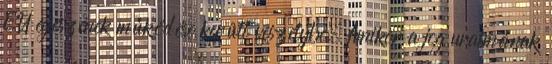
EU egészének működése került veszélybe. Amikor a jog uralmának